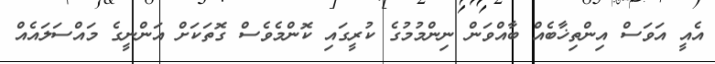
އެއީ އަވަސް އިންތިޚާބެއް ބާއްވަން ނިންމުމުގެ ކުރީގައި ކޮންމެވެސް ގޮތަކަށް އަންނީގެ މައްސަލައެއް